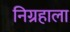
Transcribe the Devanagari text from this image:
निग्रहाला